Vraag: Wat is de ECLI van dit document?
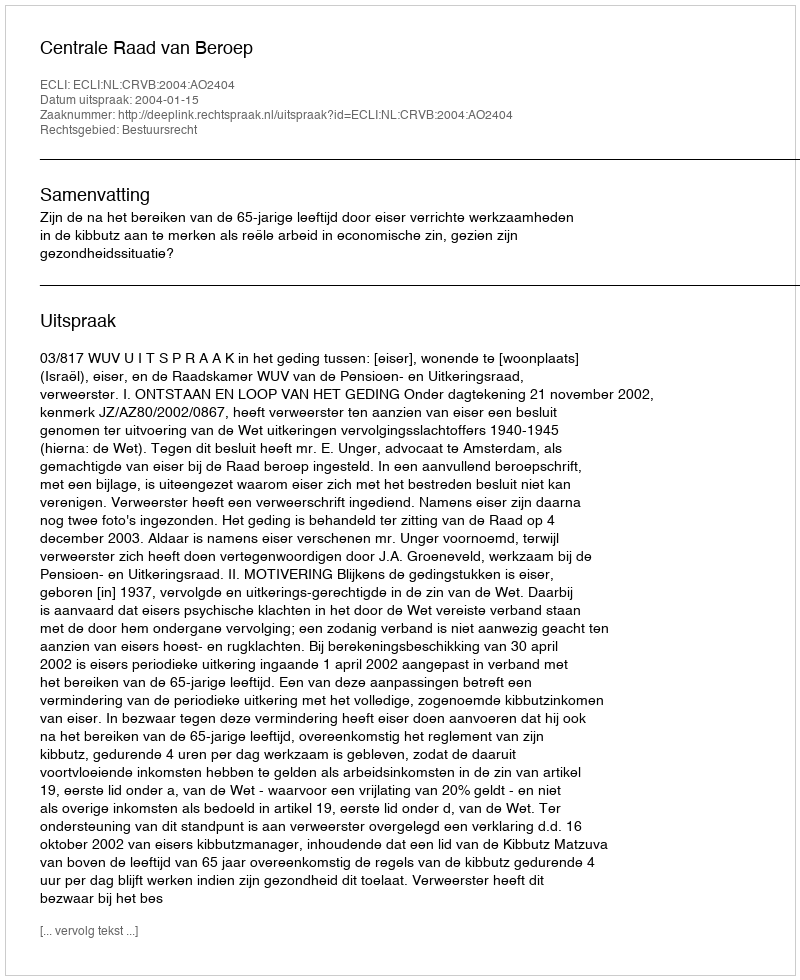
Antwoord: ECLI:NL:CRVB:2004:AO2404